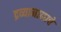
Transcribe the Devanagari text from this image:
द्रव्यामानाचे